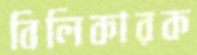
বিলিকারক